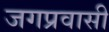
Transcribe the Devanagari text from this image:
जगप्रवासी